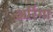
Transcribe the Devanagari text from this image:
अर्रिगा